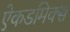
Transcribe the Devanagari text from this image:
ऐकडमिक्स